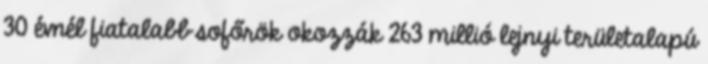
30 évnél fiatalabb sofőrök okozzák 263 millió lejnyi területalapú